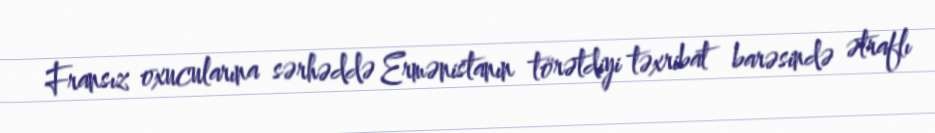
Fransız oxucularına sərhəddə Ermənistanın törətdiyi təxribat barəsində ətraflı